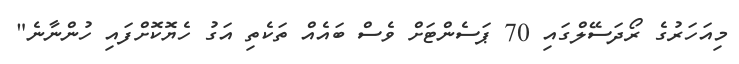
މިއަހަރުގެ ރޯދަސޭލްގައި 70 ޕަސެންޓަށް ވެސް ބައެއް ތަކެތި އަގު ހެޔޮކޮށްފައި ހުންނާނެ"